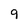
Character: 9